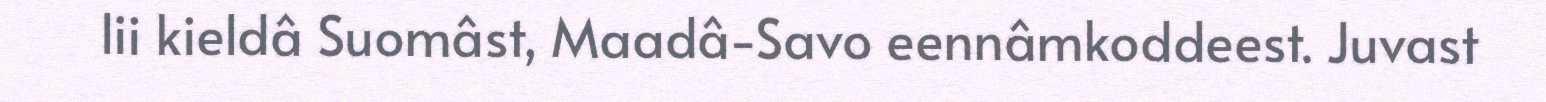
lii kieldâ Suomâst, Maadâ-Savo eennâmkoddeest. Juvast